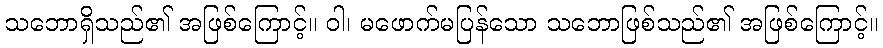
သဘောရှိသည်၏ အဖြစ်ကြောင့်။ ဝါ၊ မဖောက်မပြန်သော သဘောဖြစ်သည်၏ အဖြစ်ကြောင့်။